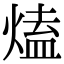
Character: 熆